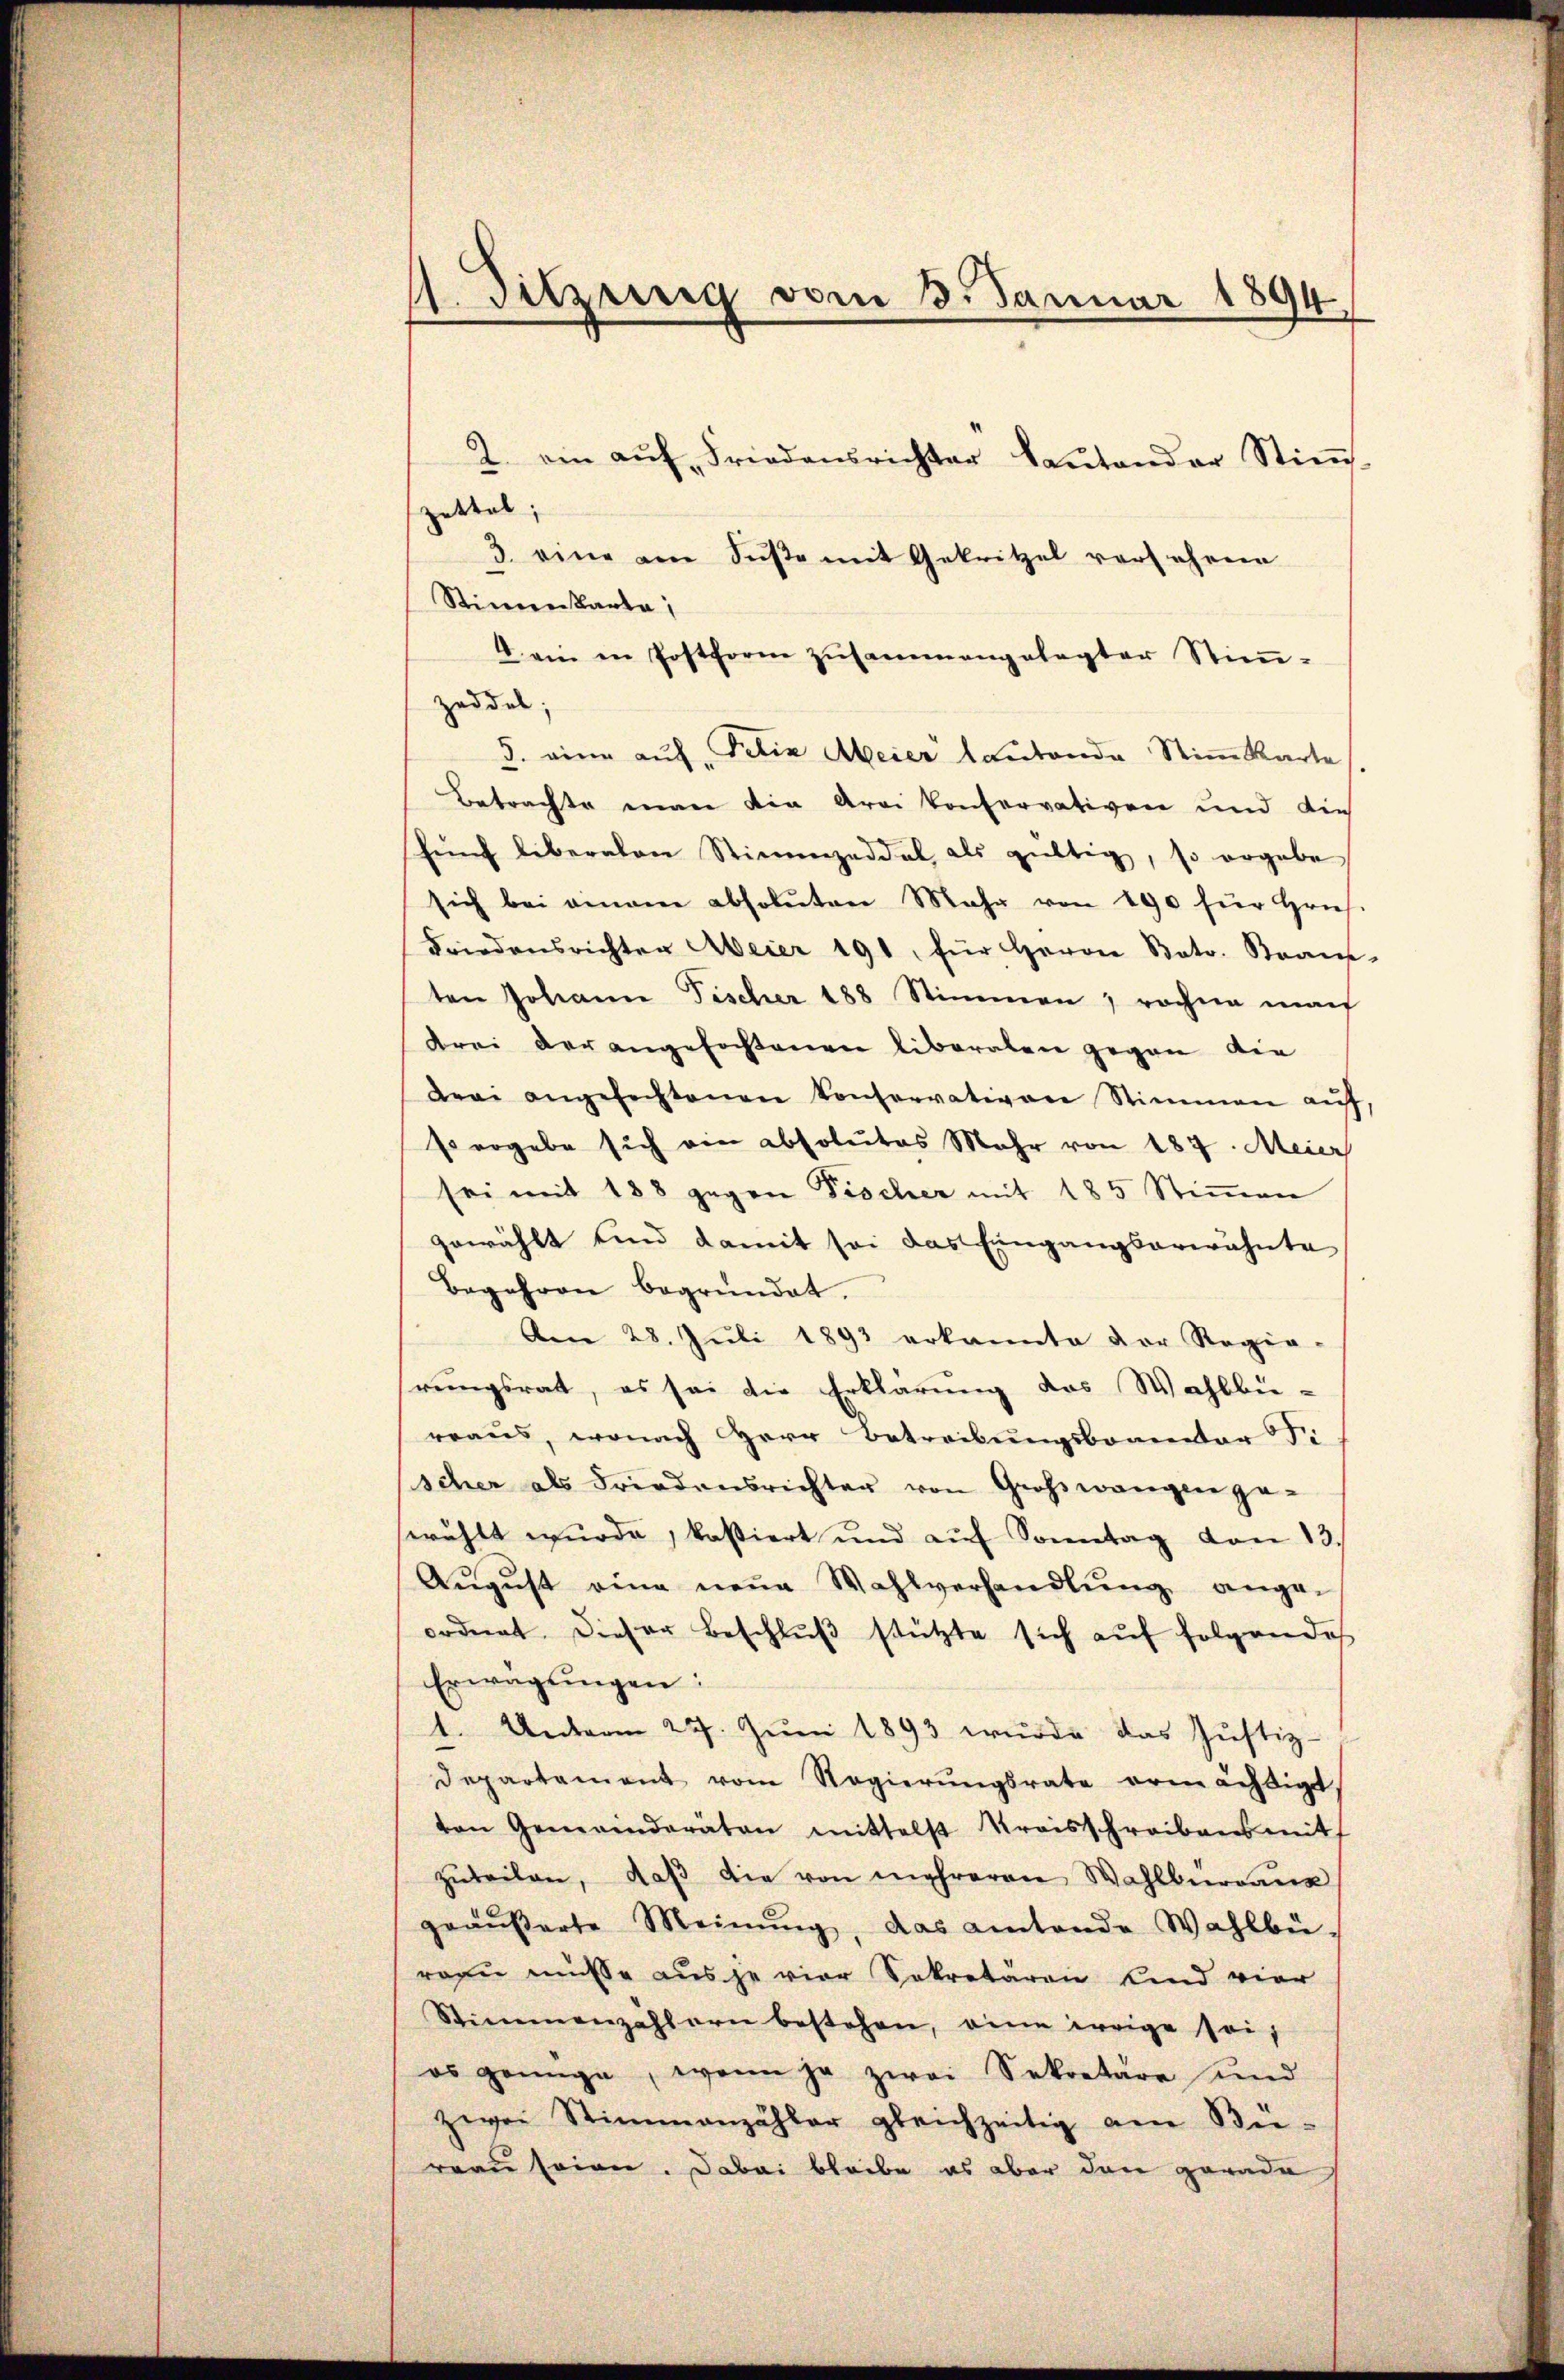
11. Sitzung vom 13. Januar 1894.

2. ein aŭf Friedensrichter Kantonder Stiṁ-
Zettel;
3. eine am Suste mit Gekritzel versehene
Stimenkarla,
V ein in Postform zusammengelegter Stimm-
zeddel;
d. eine auf „Felix Meier lautende Stimmkarte
Betrachte man die Arei Conservativen und die
fŭnf liberalen Stimmzeddel als gültig, so ergabe
sich bei einem absoluten Mehr von 190 für hrneh-
Friedensrichter Meier 191 für Herrn Boto. Strans-
ten Johann Fischer 188 Stimmen, rechne mach
drei der angefastenen liberalen gegen die
Drei angefechtenen Conservativen Stimmen auf,
s ergebe sich ein absolutes Mehr von 187. Meier
sei mit 188 gegen Fischer mit 185 Stimmen
gewählt und damit sei das Eingangserwähnte
Begehren begründet.
Am 28. Juli 1892 erkannte der Regie-
rungsrat, es sei die Erklärung des Wahlbü-
rraus, wonach Herr Betreibungsbrauctor Pi
scher als Friedensrichter von Großwangen ge-
serählt wurde, kastiert und aŭf Sonntag von 13.
Aŭgŭst eine neŭe Wahlverhandlŭng ange-
ordnet. Dieser Beschlŭβ stützte sich auf folgendes
Erwägŭngen:
1. Unterm 27. Jŭni 1893 wurde das Justiz-
Departament vom Regierŭngsrate ermächtigt
ten Gemeinderäten mittelst Kreisschreibensmit
zŭteilen, daβ die von mehreren Wahlburgaus
geäŭβerte Meinŭng, das amtende Wahlbü-
rogie müsse aus je vier Sekretären Kind vier
Stimmenzahlern bestehen, eine irrige seies genüge, wenn ja zwei Sekretäre und
zwei Stimmenzähler gleichzeitig am Bü-
reau seien. Dabei bleibe es aber den gerade